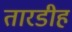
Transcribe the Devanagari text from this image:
तारडीह